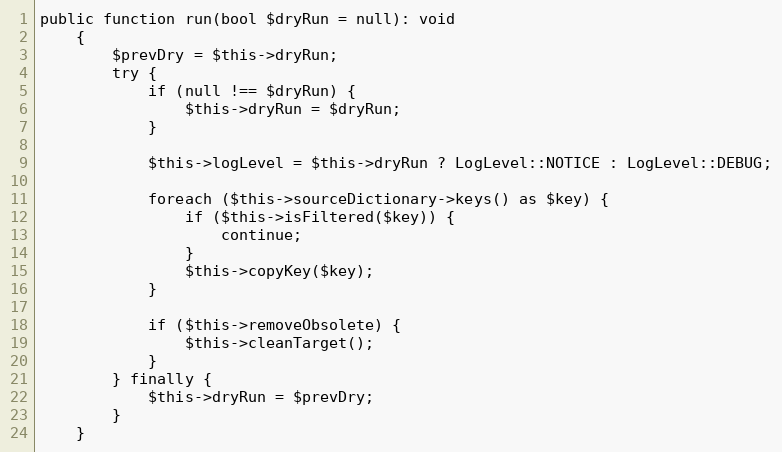
Language: PHP
public function run(bool $dryRun = null): void
    {
        $prevDry = $this->dryRun;
        try {
            if (null !== $dryRun) {
                $this->dryRun = $dryRun;
            }

            $this->logLevel = $this->dryRun ? LogLevel::NOTICE : LogLevel::DEBUG;

            foreach ($this->sourceDictionary->keys() as $key) {
                if ($this->isFiltered($key)) {
                    continue;
                }
                $this->copyKey($key);
            }

            if ($this->removeObsolete) {
                $this->cleanTarget();
            }
        } finally {
            $this->dryRun = $prevDry;
        }
    }